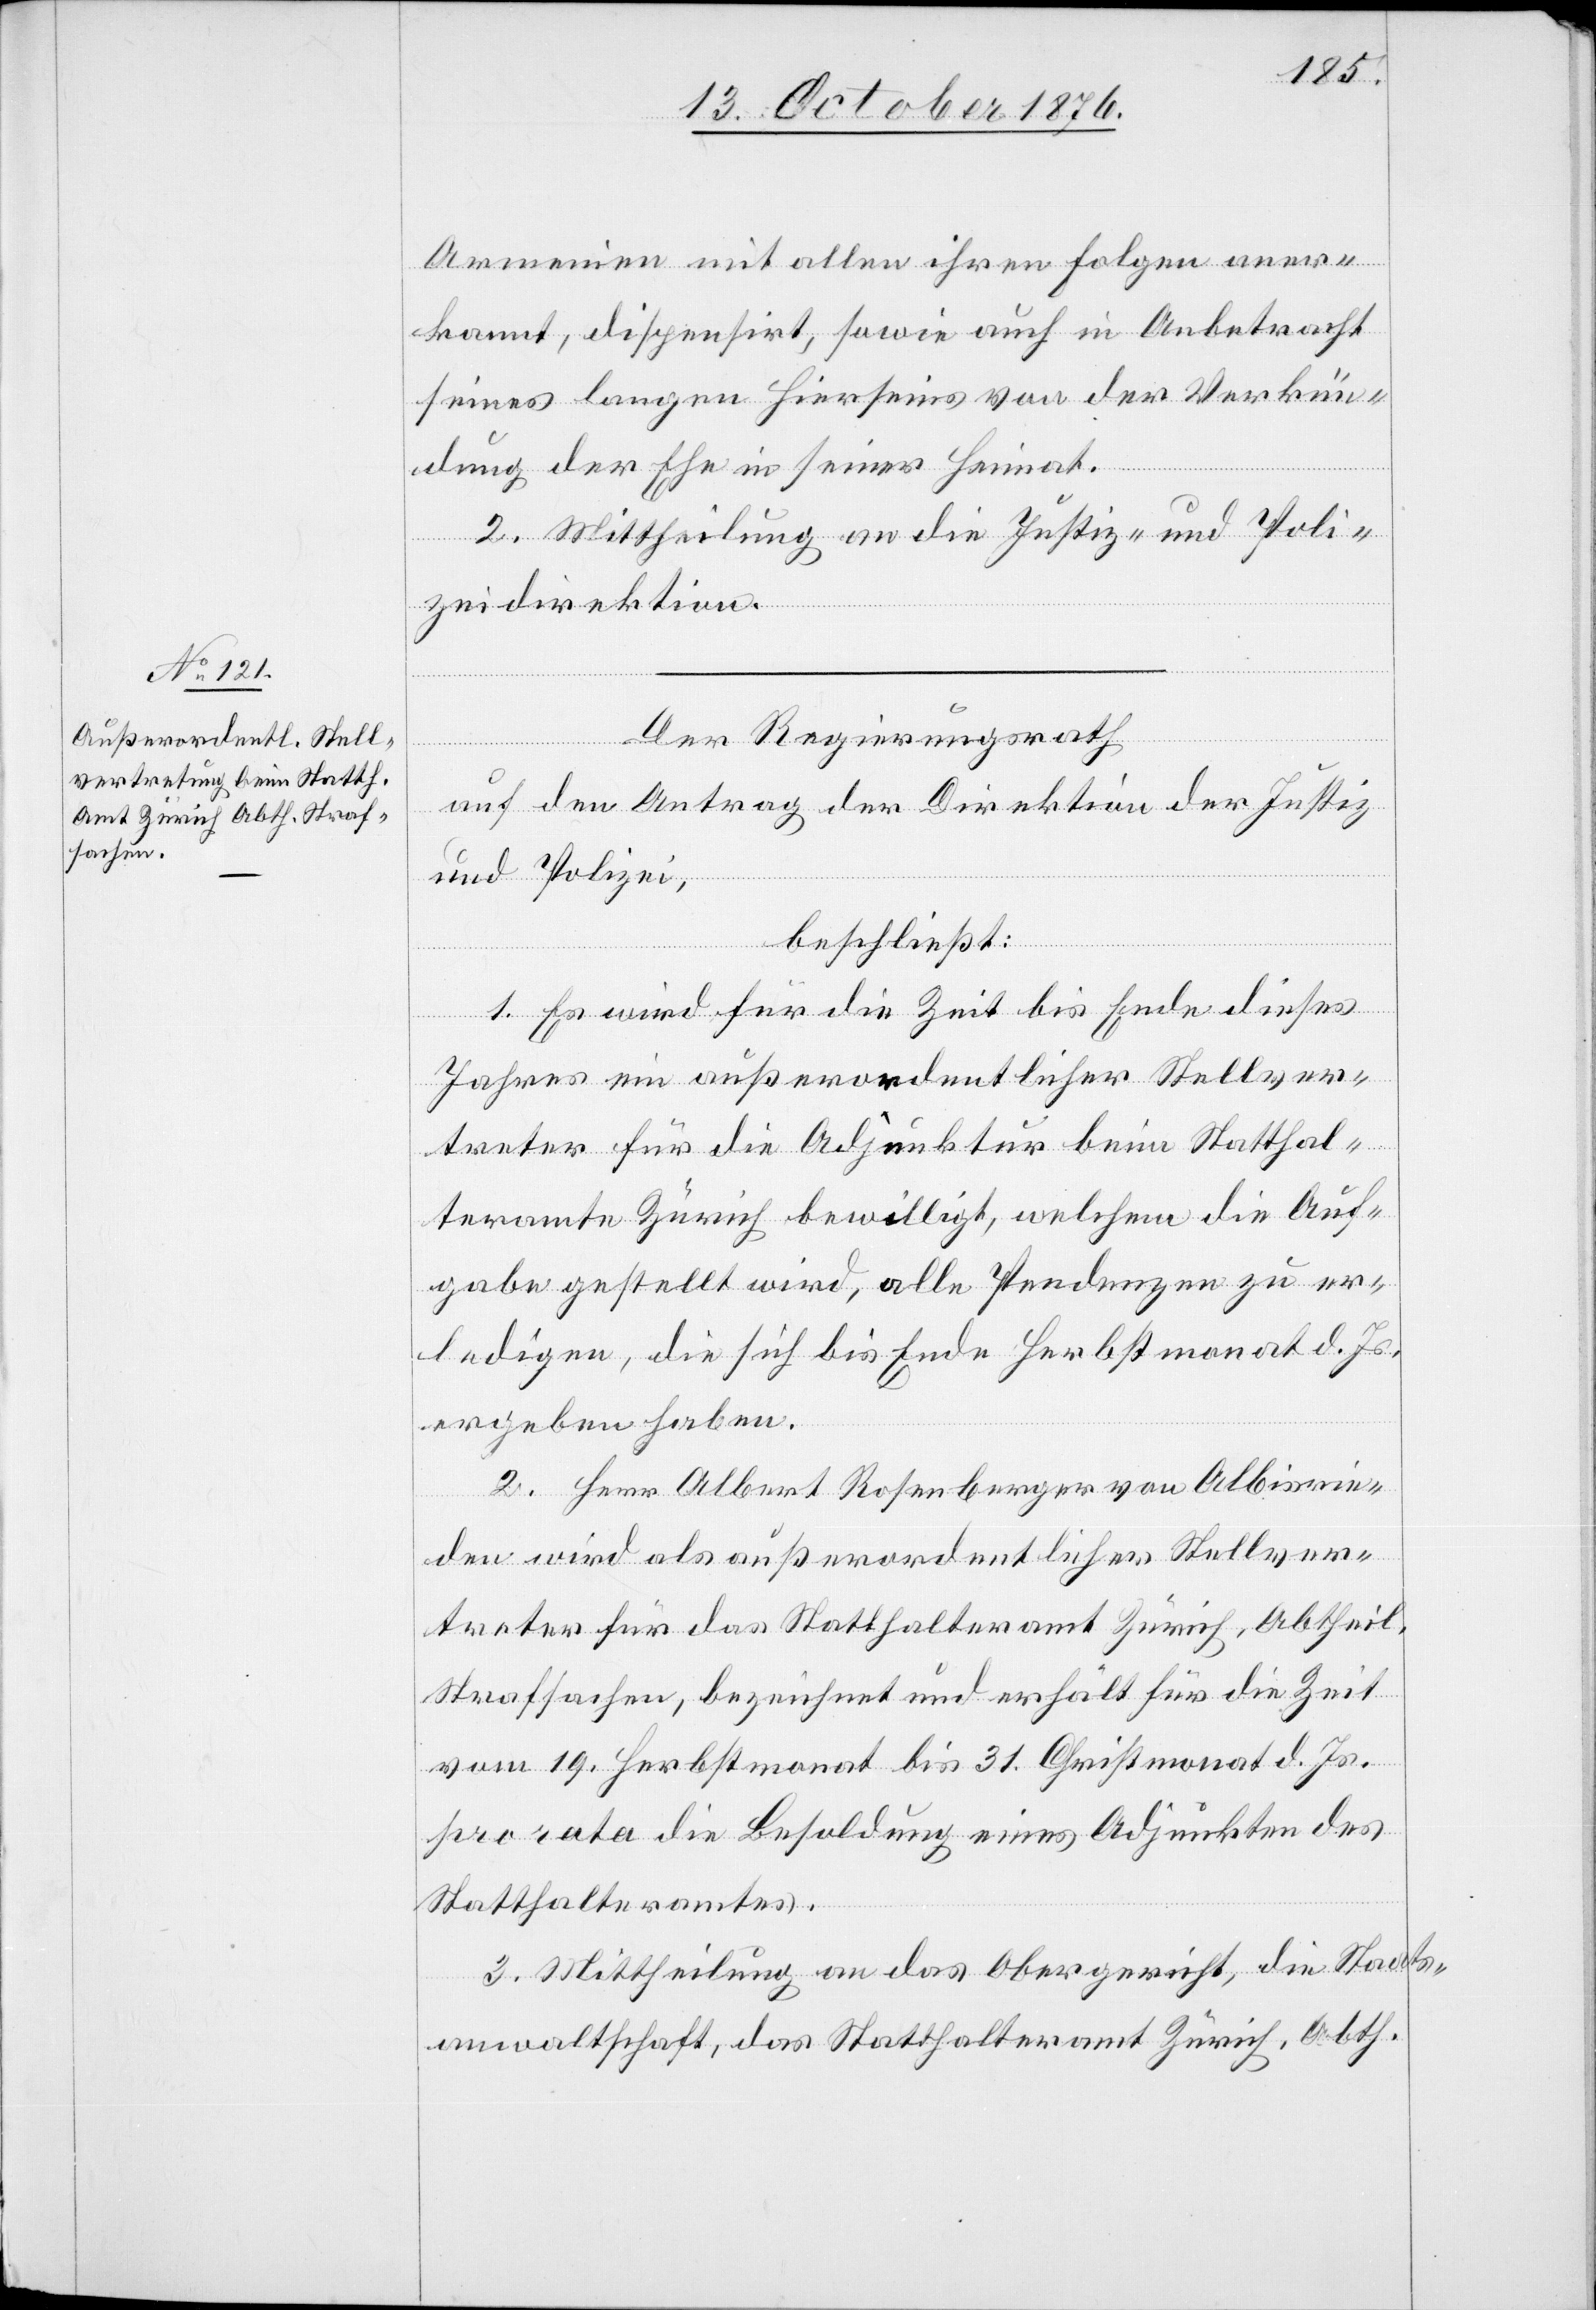
Armenien mit allen ihren Folgen aner¬
kannt, dispensirt, sowie auch in Anbetracht
seines langen Hierseins von der Verkün¬
dung der Ehe in seiner Heimat
2. Mittheilung an die Justiz- und Poli¬
zeidirektion.
Der Regierungsrath,
auf den Antrag der Direktion der Justiz
und Polizei,
beschließt:
1. Es wird für die Zeit bis Ende dieses
Jahres ein außerordentlicher Stellver¬
treter für die Adjunktur beim Statthal¬
teramt Zürich bewilligt, welchem die Auf¬
gabe gestellt wird, alle Pendenzen zu er¬
ledigen, die sich bis Ende Herbstmonat d. Js.
ergeben haben.
2. Herr Albert Rosenberger von Albisrie¬
den wird als außerordentlicher Stellver¬
treter für das Statthalteramt Zürich, Abtheil.
Strafsachen, bezeichnet und erhält für die Zeit
vom 19. Herbstmonat bis 31. Christmonat d. Js.
pro rata die Besoldung eines Adjunkten des
Statthalteramtes.
3. Mittheilung an das Obergericht, die Staats¬
anwaltschaft, das Statthalteramt Zürich, Abth.